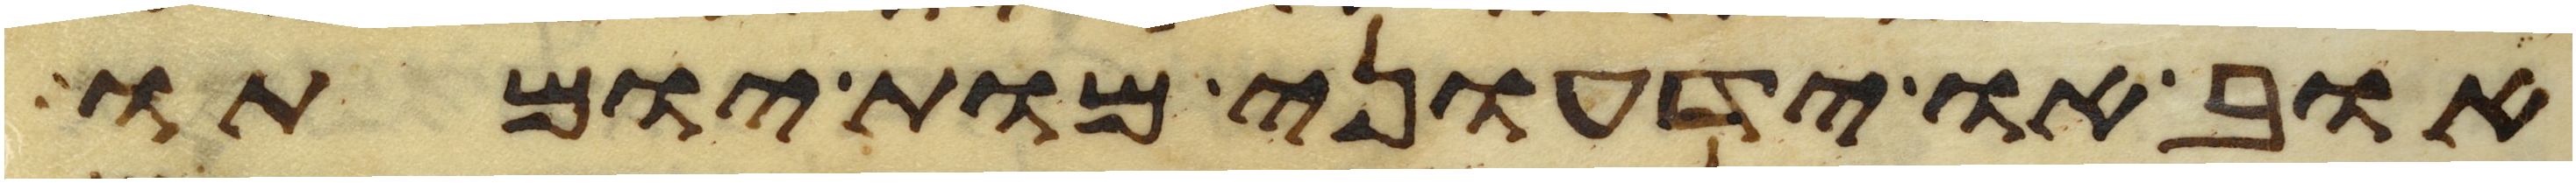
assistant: אוב או ידעוני מות יומתו